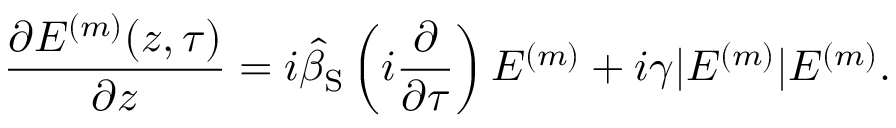
\frac { \partial E ^ { ( m ) } ( z , \tau ) } { \partial z } = i \hat { \beta } _ { \mathrm { S } } \left( i \frac { \partial } { \partial \tau } \right) E ^ { ( m ) } + i \gamma | E ^ { ( m ) } | E ^ { ( m ) } .